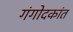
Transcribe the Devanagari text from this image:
गंगोदकांत